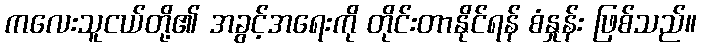
ကလေးသူငယ်တို့၏ အခွင့်အရေးကို တိုင်းတာနိုင်ရန် စံနှုန်း ဖြစ်သည်။